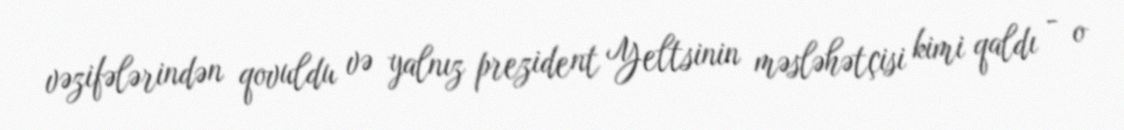
vəzifələrindən qovuldu və yalnız prezident Yeltsinin məsləhətçisi kimi qaldı - o